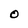
Character: O